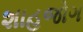
શાહજોગ